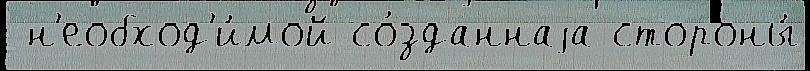
 н'еобход'и́мой со́зданнаjа стороны́